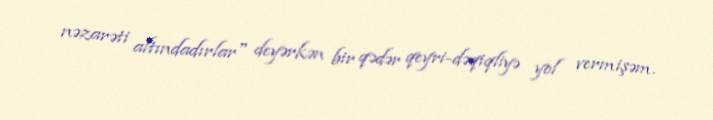
nəzarəti altındadırlar" deyərkən bir qədər qeyri-dəqiqliyə yol vermişəm.